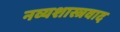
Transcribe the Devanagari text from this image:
नव्यशास्त्रवाद